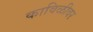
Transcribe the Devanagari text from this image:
काविळीवर